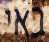
באי